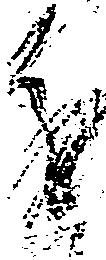
進